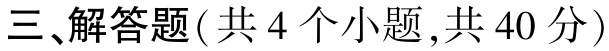
三、解答题(共 4 个小题,共 40 分)